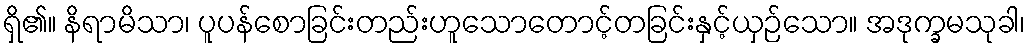
ရှိ၏။ နိရာမိသာ၊ ပူပန်စောခြင်းတည်းဟူသောတောင့်တခြင်းနှင့်ယှဉ်သော။ အဒုက္ခမသုခါ၊